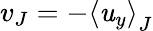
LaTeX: v_{J}=-\left<\mathit{u}_{y}\right>_{J}